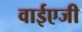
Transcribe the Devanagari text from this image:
वाईएजी